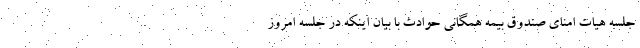
جلسه هیات امنای صندوق بیمه همگانی حوادث با بیان اینکه در جلسه امروز